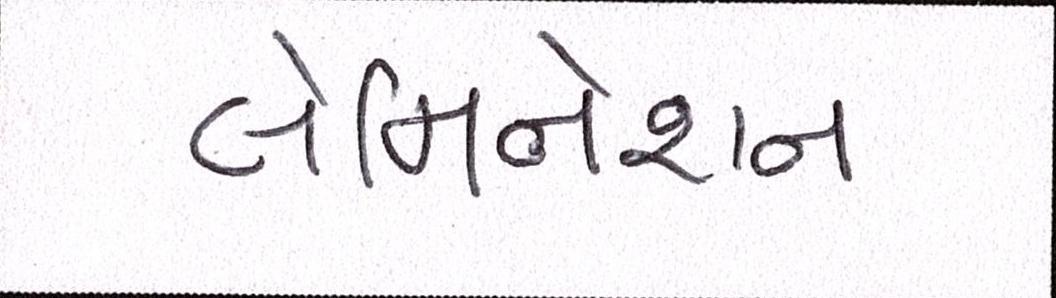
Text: લેમિનેશન